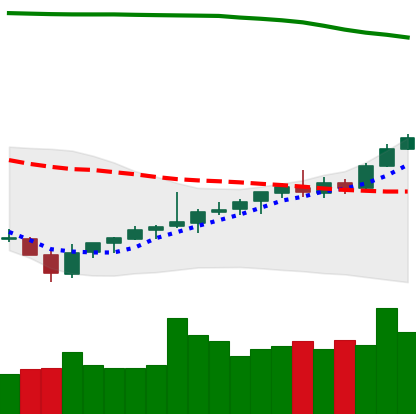
Ticker: TRX-USD
Chart end date: 2021-08-06
Forward return: 16.005%
Label: up_7plus